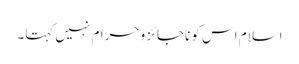
اسلام اس کو ناجائز و حرام نہیں کہتا۔